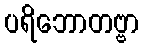
ပရိဘောတဗ္ဗာ